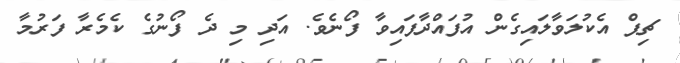
ޗިޕް އެކުލަވާލައިގެން އުފައްދާފައިވާ ފޯނެވެ. އަދި މި ދެ ފޯނުގެ ކެމެރާ ފަރުމާ